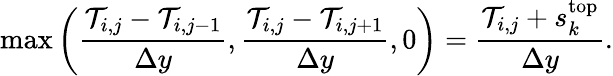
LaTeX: \operatorname*{max}{\left(\frac{\mathcal{T}_{i,j}-\mathcal{T}_{i,j-1}}{\Delta y},\frac{\mathcal{T}_{i,j}-\mathcal{T}_{i,j+1}}{\Delta y},0\right)}=\frac{\mathcal{T}_{i,j}+s_{k}^{\mathrm{top}}}{\Delta y}.